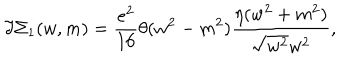
\Im \Sigma _ { 1 } ( w , m ) = \frac { e ^ { 2 } } { 1 6 } \theta ( w ^ { 2 } - m ^ { 2 } ) \frac { \eta ( w ^ { 2 } + m ^ { 2 } ) } { \sqrt { w ^ { 2 } } w ^ { 2 } } ,